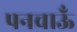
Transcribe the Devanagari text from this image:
पनचाऊँ